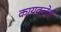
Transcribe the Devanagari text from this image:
कायक्लेश